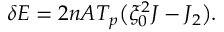
\begin{array} { l } { \displaystyle { \delta E = 2 n A T _ { p } \big ( \xi _ { 0 } ^ { 2 } J - J _ { 2 } \big ) . } } \end{array}